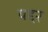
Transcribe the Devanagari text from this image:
यद्दर